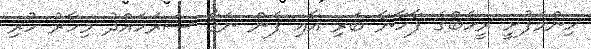
ހިންމަފުށީ ރީހެބްގެ ފާހާނާ ބަރި އާއި ފެން ނަގާ ސަރަހައްދު މިހާރު ހުރި